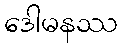
ဒေါမနဿ